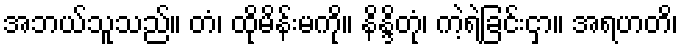
အဘယ်သူသည်။ တံ၊ ထိုမိန်းမကို။ နိန္ဒိတုံ၊ ကဲ့ရဲ့ခြင်းငှာ။ အရဟတိ၊